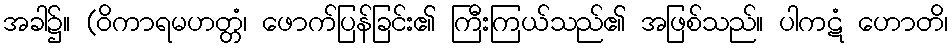
အခါ၌။ (ဝိကာရမဟတ္တံ၊ ဖောက်ပြန်ခြင်း၏ ကြီးကြယ်သည်၏ အဖြစ်သည်။ ပါကဋံ ဟောတိ၊